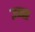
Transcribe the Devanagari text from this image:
उनर